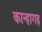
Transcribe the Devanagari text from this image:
कान्हागढ़